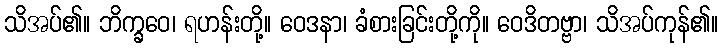
သိအပ်၏။ ဘိက္ခဝေ၊ ရဟန်းတို့။ ဝေဒနာ၊ ခံစားခြင်းတို့ကို။ ဝေဒိတဗ္ဗာ၊ သိအပ်ကုန်၏။